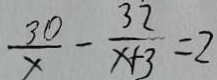
\frac { 3 0 } { x } - \frac { 3 2 } { x + 3 } = 2